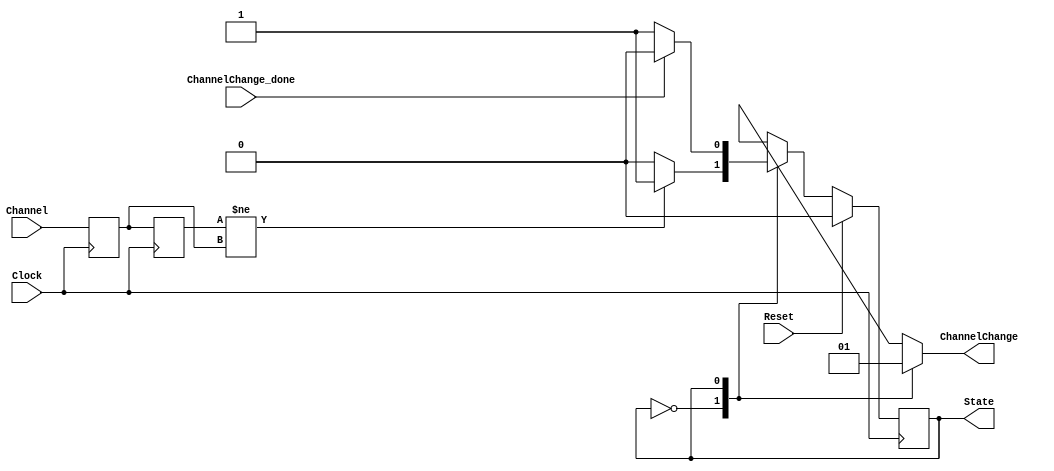

module TrackChannelFSM(Clock, Reset, Channel, ChannelChange_done, ChannelChange, State);
	//---------------------------------------------------------------
	//	Input / Output Declarations
	//---------------------------------------------------------------
	
	//System Inputs
	input					Clock, Reset;
	
	//Channel input and control
	input		[3:0]		Channel;
	input					ChannelChange_done;
	output				ChannelChange;
	
	//Chipscope debugging
	output				State;
	
	//---------------------------------------------------------------
	//	Wires
	//---------------------------------------------------------------
	
	//---------------------------------------------------------------
	
	//---------------------------------------------------------------
	//	Regs
	//---------------------------------------------------------------
	reg					CurrentState, NextState;
	reg					ChannelChange;
	reg		[3:0]		PreviousChannel;
	reg		[3:0]		CurrentChannel;
	//---------------------------------------------------------------
	
	//---------------------------------------------------------------
	//	Parameters
	//---------------------------------------------------------------
	parameter STATE_Unchanged	= 1'b0;
	parameter STATE_Changed	= 1'b1;
	//---------------------------------------------------------------		
	
	//---------------------------------------------------------------
	//	FSM
	//---------------------------------------------------------------
	
	//for chipscope debugging
	assign State = CurrentState;

	always @ ( posedge Clock ) begin
		if (Reset)
			CurrentState <= STATE_Unchanged;
		else
			CurrentState <= NextState;
		CurrentChannel <= Channel;
		PreviousChannel <= CurrentChannel;
	end
	
	always @ ( * ) begin
		NextState = CurrentState;
		ChannelChange = 1'b0;
		
		case(CurrentState)
			STATE_Unchanged: begin
				//State Transition
				if (PreviousChannel != CurrentChannel)
					NextState = STATE_Changed;
				//Outputs
			end
			
			STATE_Changed: begin
				//State Transition
				if (ChannelChange_done) 
					NextState = STATE_Unchanged;
				//Outputs
				ChannelChange = 1'b1;
			end
			
			default: begin
			end
		endcase
	end
	

endmodule